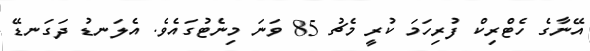
އޭނާގެ ހެޓްރިކް ފުރިހަމަ ކުރީ މެޗު 85 ވަނަ މިނެޓުގައެވެ. އެލަނޑު ދަގަނޑޭ